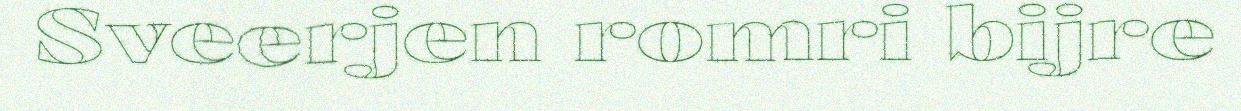
Sveerjen romri bijre